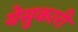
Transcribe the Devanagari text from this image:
येसुकारी